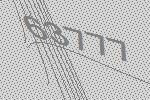
63777